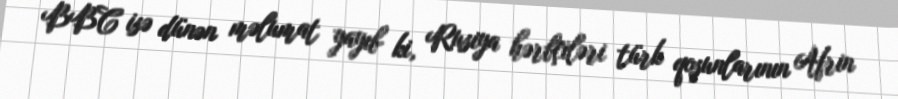
BBC isə dünən məlumat yayıb ki, Rusiya hərbçiləri türk qoşunlarının Afrin